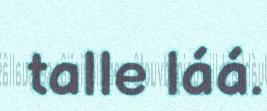
talle láá.